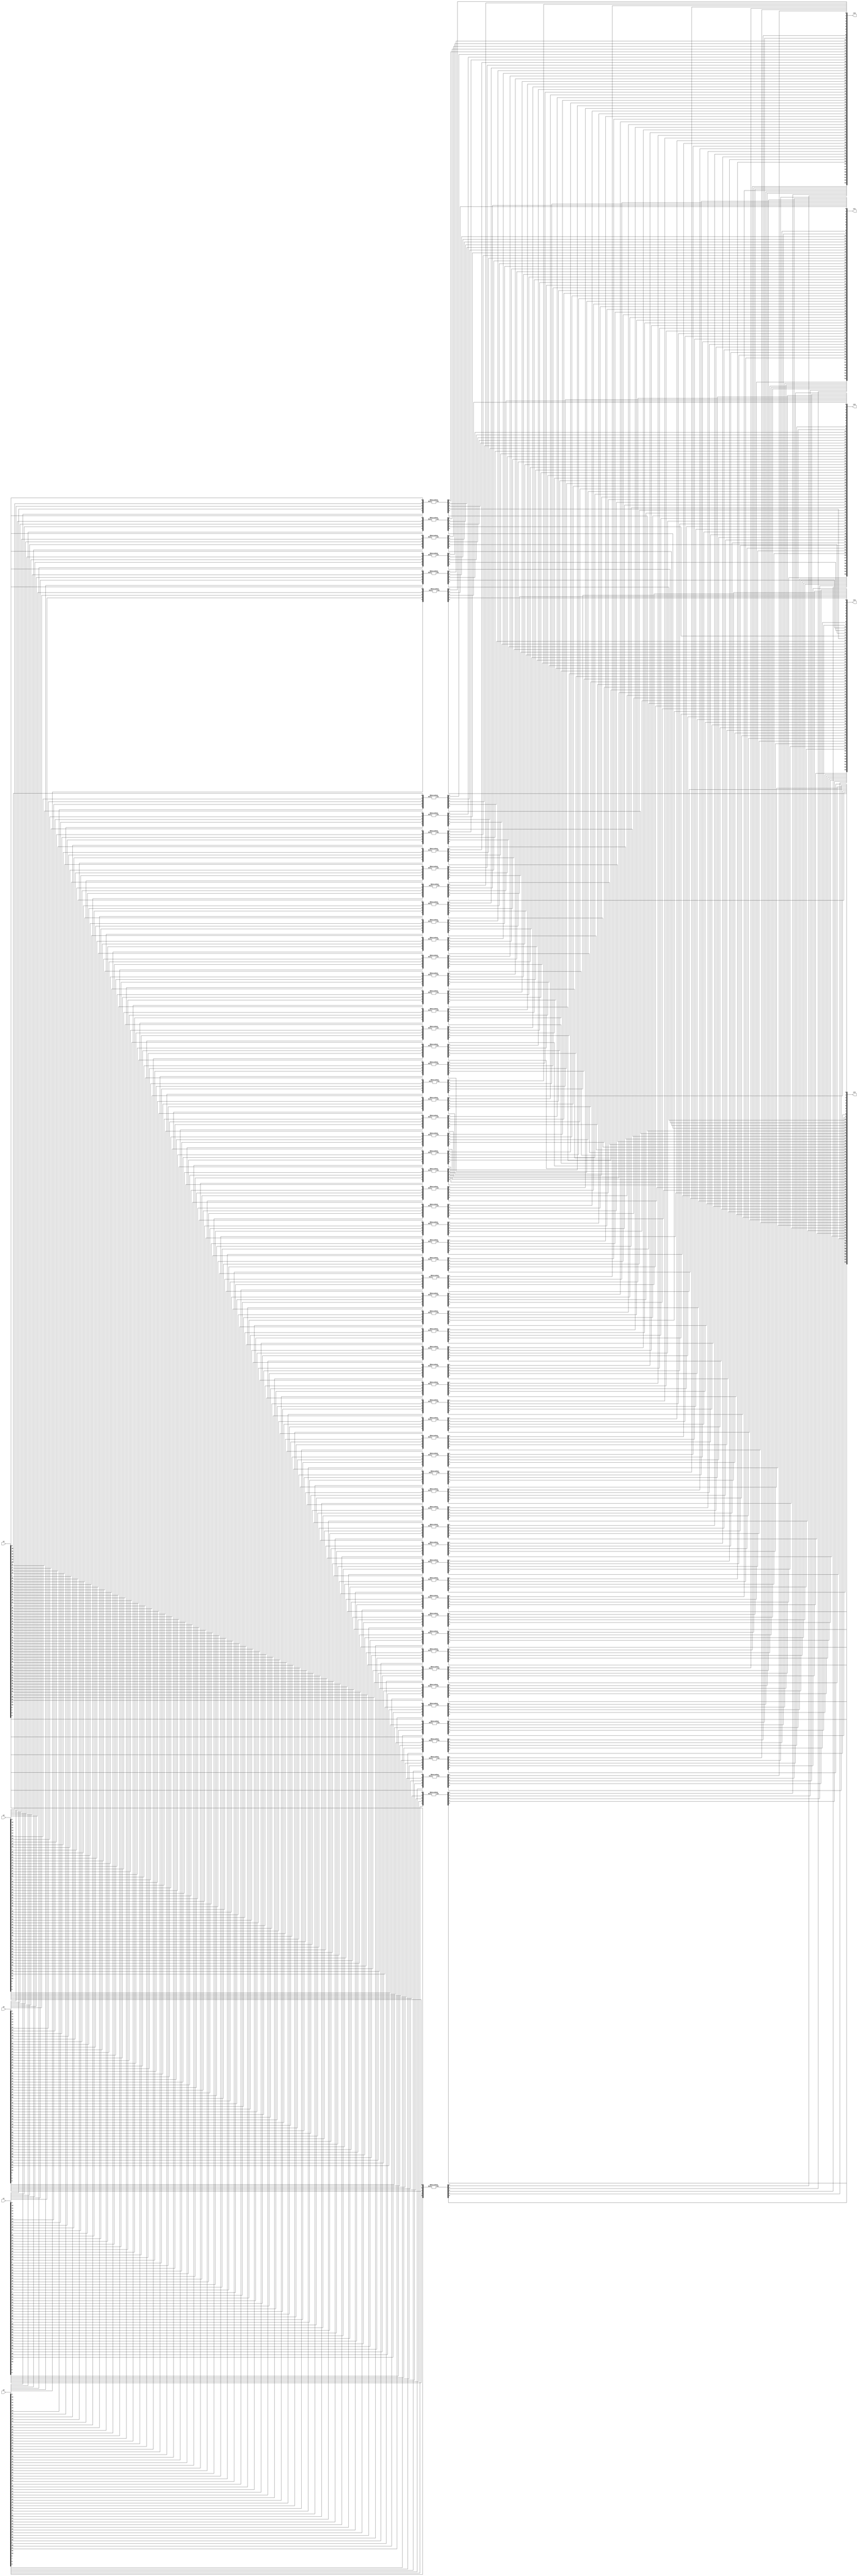
// This program was cloned from: https://github.com/phn210/fpga-ascon
// License: MIT License

module SubLayer (
    input [63:0] x0, x1, x2, x3, x4,
    output [63:0] sl0, sl1, sl2, sl3, sl4
);
    genvar i;
    generate
        // SBox implementation with lookup table
		for(i=0; i<64; i=i+1) begin
			SBoxLookup u0({x0[i],x1[i],x2[i],x3[i],x4[i]}, {sl0[i],sl1[i],sl2[i],sl3[i],sl4[i]});
		end
    endgenerate
endmodule

module SBoxLookup (
    input   [4:0] data,
    output  [4:0] out
);
    reg [4:0] dout;
    always@(data) begin
        case (data)          //Look Up Table
            5'h00              : dout = 5'h04;
            5'h01              : dout = 5'h0b;
            5'h02              : dout = 5'h1f;
            5'h03              : dout = 5'h14;
            5'h04              : dout = 5'h1a;
            5'h05              : dout = 5'h15;
            5'h06              : dout = 5'h09;
            5'h07              : dout = 5'h02;
            5'h08              : dout = 5'h1b;
            5'h09              : dout = 5'h05;
            5'h0a              : dout = 5'h08;
            5'h0b              : dout = 5'h12;
            5'h0c              : dout = 5'h1d;
            5'h0d              : dout = 5'h03;
            5'h0e              : dout = 5'h06;
            5'h0f              : dout = 5'h1c;
        /******************************************/
            5'h10              : dout = 5'h1e;
            5'h11              : dout = 5'h13;
            5'h12              : dout = 5'h07;
            5'h13              : dout = 5'h0e;
            5'h14              : dout = 5'h00;
            5'h15              : dout = 5'h0d;
            5'h16              : dout = 5'h11;
            5'h17              : dout = 5'h18;
            5'h18              : dout = 5'h10;
            5'h19              : dout = 5'h0c;
            5'h1a              : dout = 5'h01;
            5'h1b              : dout = 5'h19;
            5'h1c              : dout = 5'h16;
            5'h1d              : dout = 5'h0a;
            5'h1e              : dout = 5'h0f;
            5'h1f              : dout = 5'h17;
        endcase
    end
    assign out = dout;
endmodule